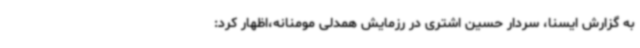
به گزارش ایسنا، سردار حسین اشتری در رزمایش همدلی مومنانه،اظهار کرد: